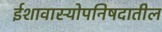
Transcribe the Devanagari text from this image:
ईशावास्योपनिषदातील